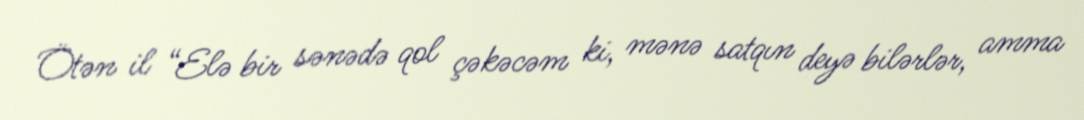
Ötən il “Elə bir sənədə qol çəkəcəm ki, mənə satqın deyə bilərlər, amma